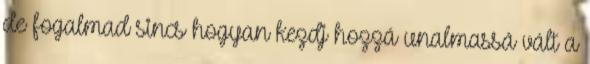
de fogalmad sincs hogyan kezdj hozzá unalmassá vált a